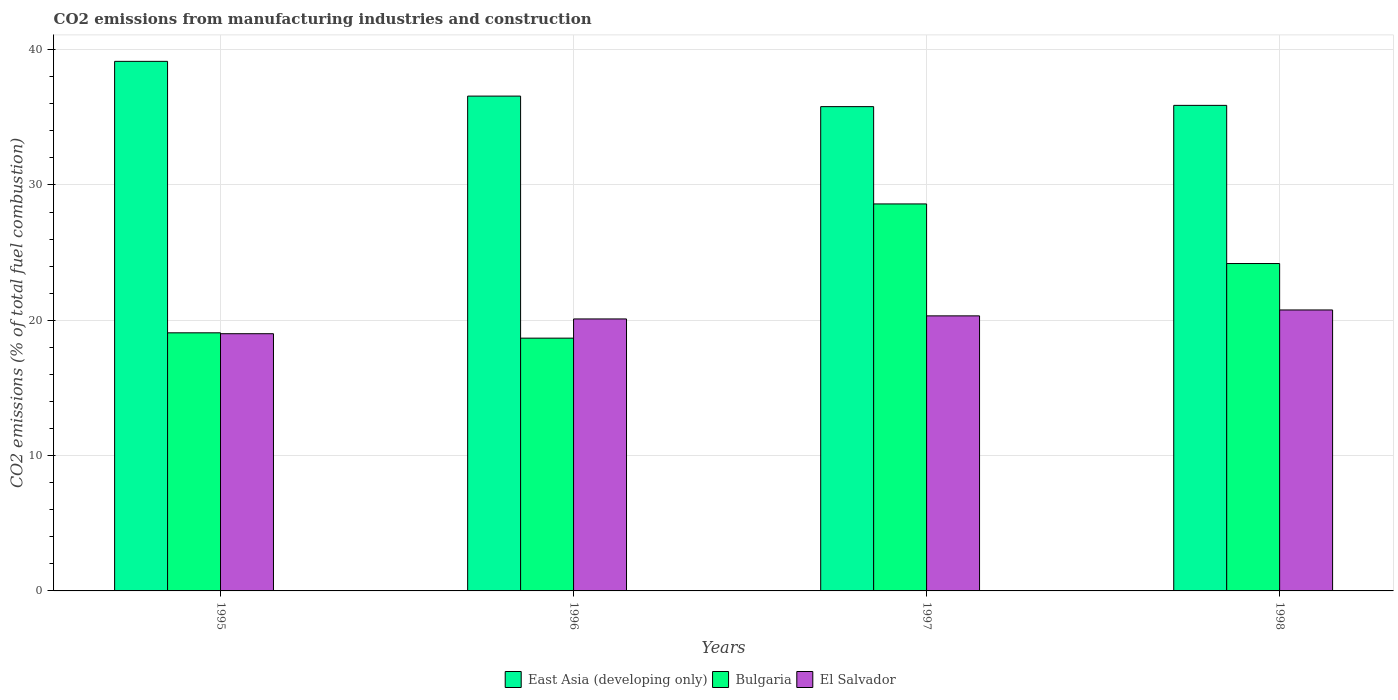
| Years | East Asia (developing only) | Bulgaria | El Salvador |
 | --- | --- | --- | --- |
 | 1995 | 39.1 | 19.1 | 19 |
 | 1996 | 36.6 | 18.7 | 20.1 |
 | 1997 | 35.8 | 28.6 | 20.3 |
 | 1998 | 35.9 | 24.2 | 20.8 |